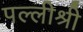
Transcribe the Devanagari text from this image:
पल्लीश्री